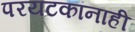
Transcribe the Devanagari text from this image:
परयटकांनाही